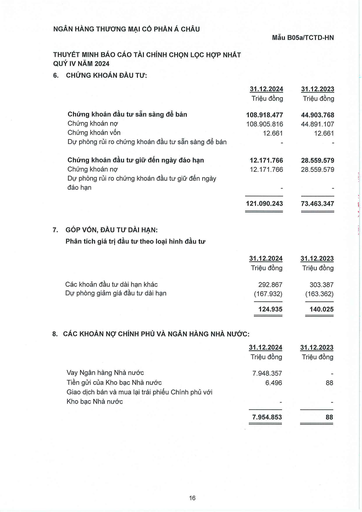
||31.12.2024|31.12.2023| |---|---|---| ||Triệu đồng|Triệu đồng| |Chứng khoán đầu tư sẵn sàng để bán|108.918.477|44.903.768| |Chứng khoán nợ|108.905.816|44.891.107| |Chứng khoán vốn|12.661|12.661| |Dự phòng rủi ro chứng khoán đầu tư sẵn sàng để bán||| |Chứng khoán đầu tư giữ đến ngày đáo hạn|12.171.766|28.559.579| |Chứng khoán nợ|12.171.766|28.559.579| |Dự phòng rủi ro chứng khoán đầu tư giữ đến ngày đáo hạn||| ||121.090.243|73.463.347| ||31.12.2024|31.12.2023| |---|---|---| ||Triệu đồng|Triệu đồng| |Các khoản đầu tư dài hạn khác|292.867|303.387| |Dự phòng giảm giá đầu tư dài hạn|(167.932)|(163.362)| ||124.935|140.025| ||31.12.2024|31.12.2023| |---|---|---| ||Triệu đồng|Triệu đồng| |Vay Ngân hàng Nhà nước|7.948.357|| |Tiền gửi của Kho bạc Nhà nước|6.496|88| |Giao dịch bán và mua lại trái phiếu Chính phủ với||| |Kho bạc Nhà nước||| ||7.954.853|88|